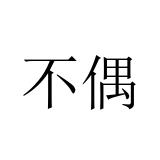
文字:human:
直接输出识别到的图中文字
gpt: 不偶